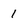
Character: 1